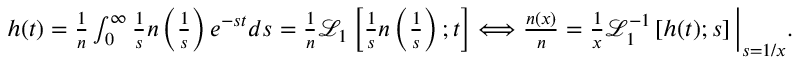
\begin{array} { r } { h ( t ) = \frac { 1 } { n } \int _ { 0 } ^ { \infty } \frac { 1 } { s } n \left( \frac { 1 } { s } \right) e ^ { - s t } d s = \frac { 1 } { n } \mathcal { L } _ { 1 } \left[ \frac { 1 } { s } n \left( \frac { 1 } { s } \right) ; t \right] \Longleftrightarrow \frac { n ( x ) } { n } = \frac { 1 } { x } \mathcal { L } _ { 1 } ^ { - 1 } \left[ h ( t ) ; s \right] \bigg | _ { s = 1 / x } . } \end{array}